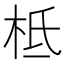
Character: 柢